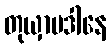
တုယှာပဒါနေ